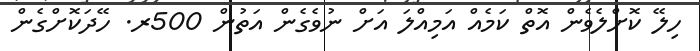
ހިލޭ ކޮށްލެވެން އޮތް ކަމެއް އަމިއްލަ އަށް ނުވެގެން އަތުން 500ރ. ހޭދަކޮށްގެން